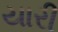
યારી